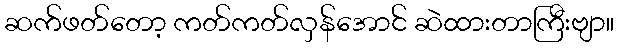
ဆက်ဖတ်တော့ ကတ်ကတ်လှန်အောင် ဆဲထားတာကြီးဗျာ။